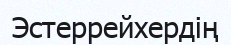
Эстеррейхердің